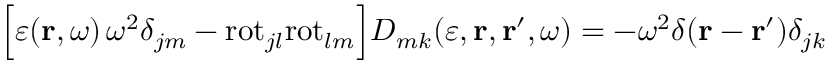
\Bigl [ \varepsilon ( { \bf r } , \omega ) \, \omega ^ { 2 } \delta _ { j m } - \mathrm { r o t } _ { j l } \mathrm { r o t } _ { l m } \Bigr ] D _ { m k } ( \varepsilon , { \bf r } , { \bf r } ^ { \prime } , \omega ) = - \omega ^ { 2 } \delta ( { \bf r } - { \bf r } ^ { \prime } ) \delta _ { j k }